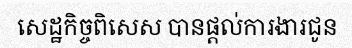
សេដ្ឋកិច្ចពិសេស បានផ្តល់ការងារជូន